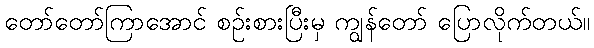
တော်တော်ကြာအောင် စဉ်းစားပြီးမှ ကျွန်တော် ပြောလိုက်တယ်။